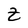
Character: Z